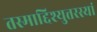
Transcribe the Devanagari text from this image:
तस्माद्दिश्युत्तरस्यां